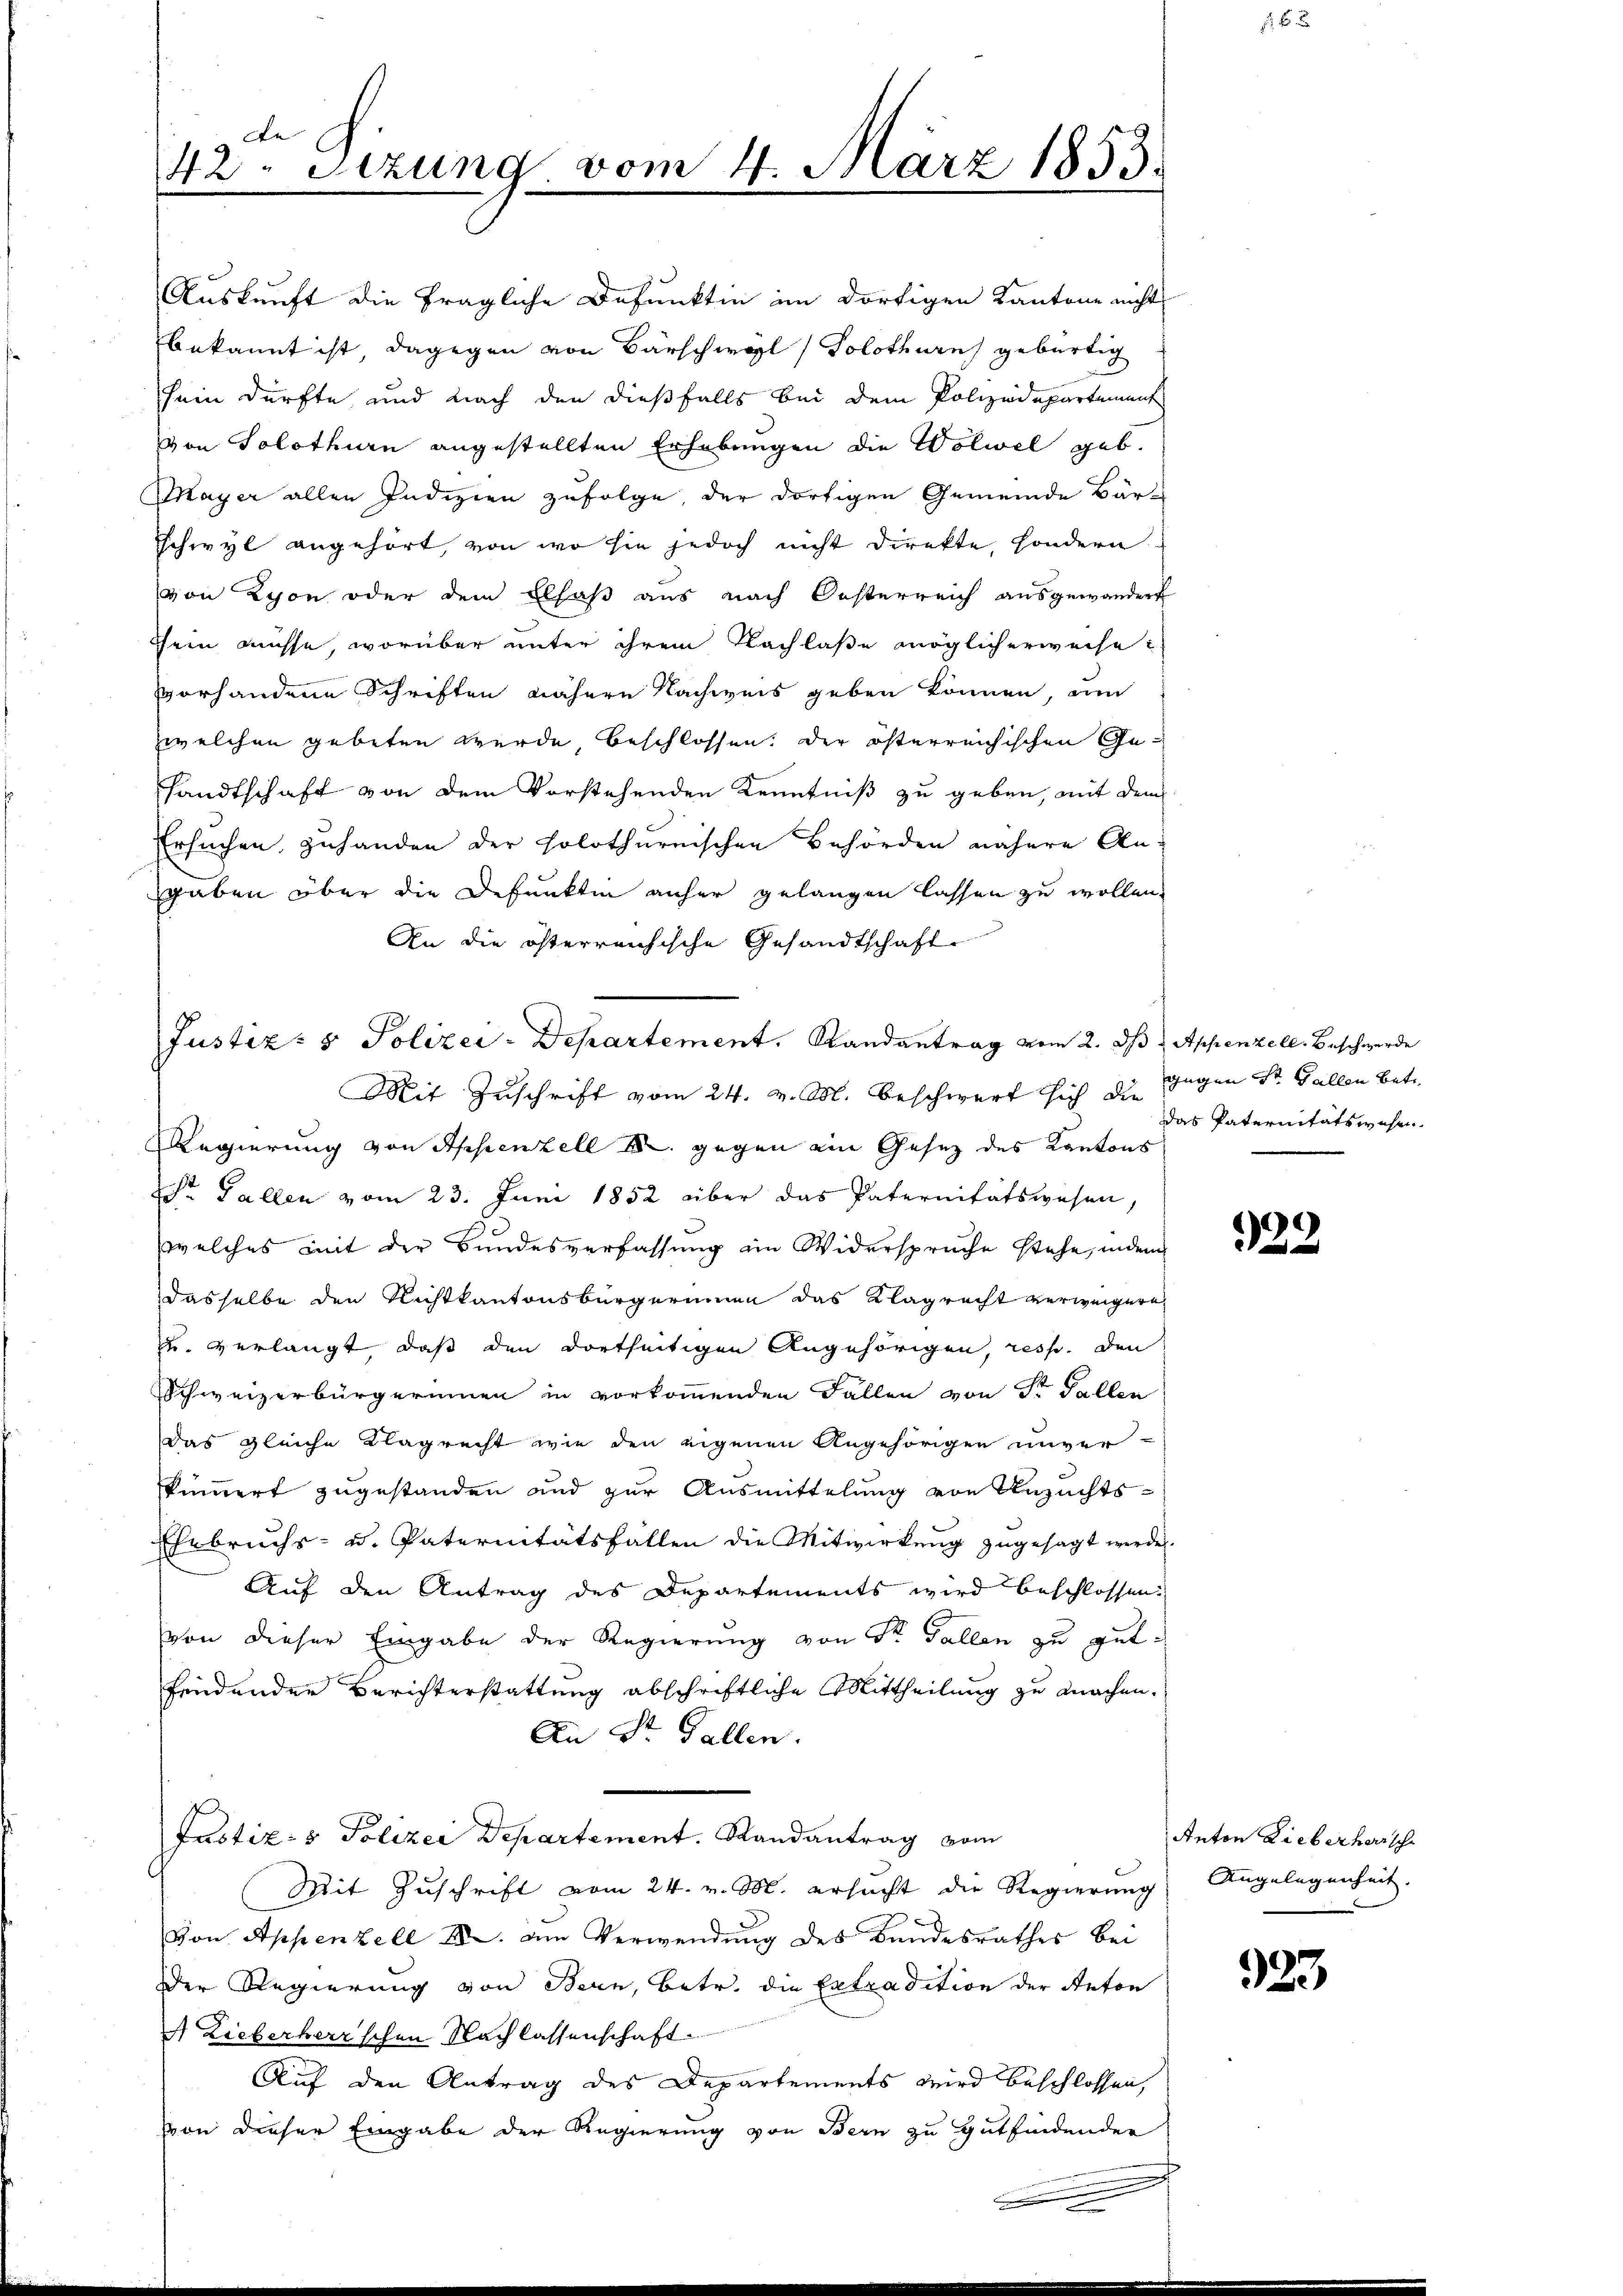
42. Sizung vom 4. März 1853.

Justiz- & Polizei-Departement, Randantrag vom 2. d. 1. Appenzell. Beschwerde
Mit Zuschrift vom 24. v. M. beschwert sich die

Auskunft die fragliche Befunkten im dortigen Kantone nicht
bekannt ist, dagegen von Barschwyl, Solothurn gebürtig
sein dürfte, und nach den dießfalls bei dem Polizeidepartement
von Solothurn angestellten Erhebungen die Wolwel geb.
Mayer allen Indizien zufolge, der dortigen Gemeinde Bär
Eschwyl angehört, von wo sie jedoch nicht direkte, sondern
von Lyon oder dem Elsaß aus nach Oesterreich ausgewandert
chein müsse, worüber unter ihrem Nachlasse möglicherweise
vorhandene Schriften nähere Nachweis geben können, am
zwelchen gebeten wurde, beschlossen, der österreichischen Gesandtschaft von dem Vorstehenden Kenntniß zu geben, mit dem
Ersuchen zuhanden der holothurnischen Behörden nähere Angaben über die Defunkten anher gelangen lassen zu wollen.
An die österreichische Gesandtschaft
Regierung von Appenzell M. gegen ein Gesez des Kantons
r Fallen vom 23. Juni 1852 über das Paternitätswesen,
welches mit der Bundesverfassung ein Widerspruche stehe, indem
dasselbe den Richtkantonsbürgerinnen das Klagrecht verweigern,
zu verlangt, daß den dortseitigen Angehörigen, resp. den
Schweizerbürgerinnen in vorkommenden Fallen von Sr Fallen
das gleiche Klagrecht wie den eigenen Angehörigen unver-
kümmert zugestanden und zur Ausmittelung von Anzuchts-
Ehebruchs- u. Paternitätsfällen die Mitwirkung zugesagt werde.
Auf den Antrag des Departements wird beschlossen.
von dieser Eingabe der Regierung von Dr. Gallen zu gutfindenden Berichterstattung abschriftliche Mittheilung zu machen.
An Dr. Gallen.
Prastiz- & Polizei Departement. Randantrag vom
Mit Zuschrift vom 24. v. M. ersucht die Regierung
von Appenzell I. am Verwendung des Bandesrathes bei
Der Regierung von Bern, betr. die Extradition der Anton
4 Lieberherrschen Nachlassenschaft.
Auf den Antrag des Departements wird beschlossen,
von dieser Eingabe der Regierung von Bern zu gutfindender

gegen St. Gallen betr.
das Paternitätswesen.

932.

Anton Lieberherrsche
Angelegenheit. |

923